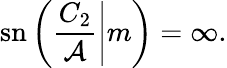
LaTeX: \mathrm{sn}\left(\left.\frac{C_{2}}{\mathcal{A}}\right|m\right)=\infty.